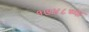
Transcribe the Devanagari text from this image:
१७४८च्या